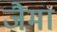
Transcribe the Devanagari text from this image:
जैमा